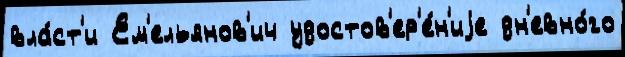
вла́ст'и Ем'ельянов'ич удостов'ер'е́н'иjе дн'евно́го